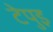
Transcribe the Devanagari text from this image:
टेपुइ